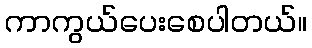
ကာကွယ်ပေးစေပါတယ်။